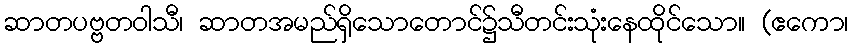
ဆာတပဗ္ဗတဝါသီ၊ ဆာတအမည်ရှိသောတောင်၌သီတင်းသုံးနေထိုင်သော။ (ဧကော၊